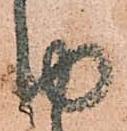
由